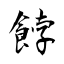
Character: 餑